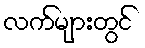
လက်များတွင်